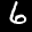
Label: 6